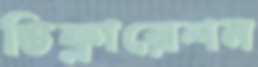
ডিক্লারেশন